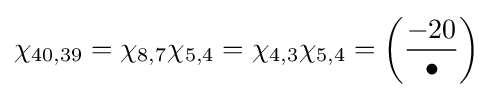
\chi _{40,39}=\chi _{8,7}\chi _{5,4}=\chi _{4,3}\chi _{5,4}=\left({\frac {-20}{\bullet }}\right)